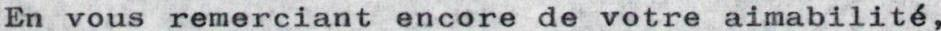
En vous remerciant encore de votre aimabilité,